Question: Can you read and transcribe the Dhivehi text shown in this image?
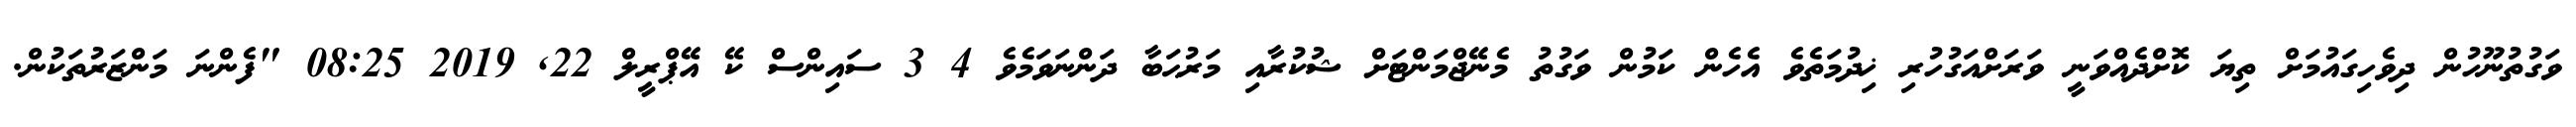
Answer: ވަގުތުނޫހުން ދިވެހިގައުމަށް ތިޔަ ކޮށްދެއްވަނީ ވަރަށްއަގުހުރި ޚިދުމަތެވެ އެހެން ކަމުން ވަގުތު މެނޭޖްމަންޓަށް ޝުކުރާއި މަރުޙަބާ ދަންނަވަމެވެ 4 3 ސައިންސް ކޭ އޭޕްރީލް 22, 2019 08:25 "ފެންނަ މަންޒަރުތަކުން.